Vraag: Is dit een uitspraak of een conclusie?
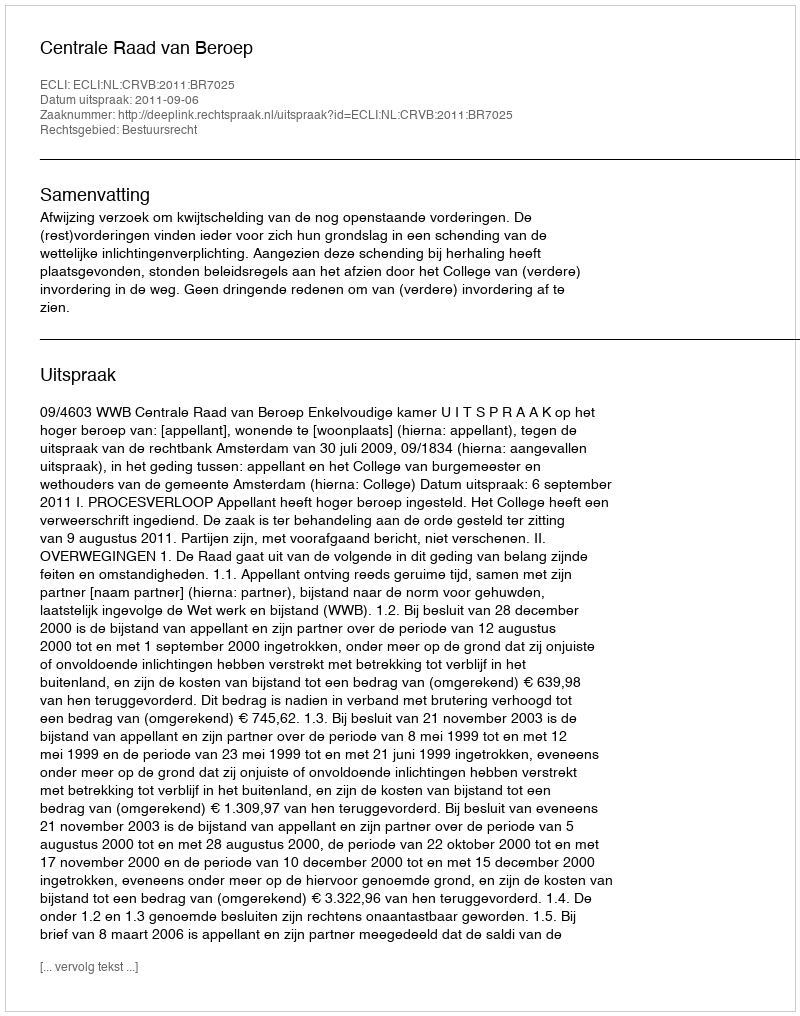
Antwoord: Uitspraak